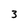
Character: 3